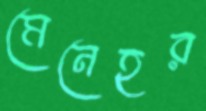
মেনেহর